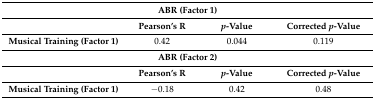
<table><thead><tr><td colspan="4"><b>ABR (Factor 1)</b></td></tr><tr><td></td><td><b>Pearson’s R</b></td><td><b><i>p</i>-Value</b></td><td><b>Corrected <i>p</i>-Value</b></td></tr></thead><tbody><tr><td><b>Musical Training (Factor 1)</b></td><td>0.42</td><td>0.044</td><td>0.119</td></tr><tr><td colspan="4"><b>ABR (Factor 2)</b></td></tr><tr><td></td><td><b>Pearson’s R</b></td><td><b><i>p</i>-Value</b></td><td><b>Corrected <i>p</i>-Value</b></td></tr><tr><td><b>Musical Training (Factor 1)</b></td><td>−0.18</td><td>0.42</td><td>0.48</td></tr></tbody></table>